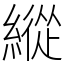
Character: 縱